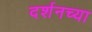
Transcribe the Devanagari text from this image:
दर्शनच्या